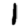
Digit: 1